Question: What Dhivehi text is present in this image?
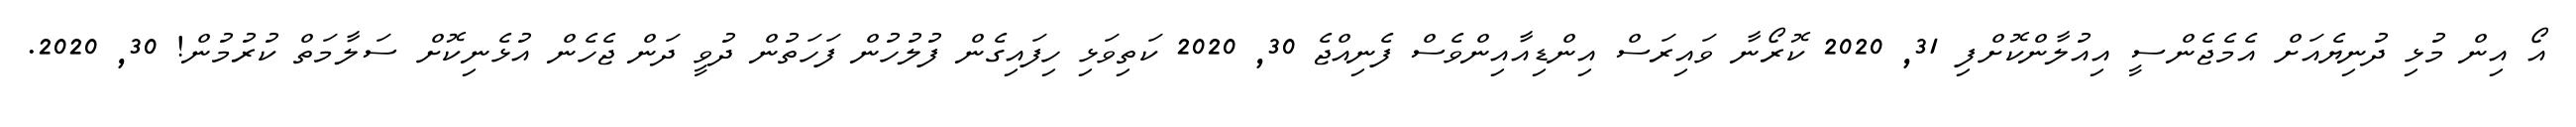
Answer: އޯ އިން މުޅި ދުނިޔެއަށް އެމެޖެންސީ އިއުލާންކޮށްފި 31, 2020 ކޮރޯނާ ވައިރަސް އިންޑިއާއިންވެސް ފެނިއްޖެ 30, 2020 ކަތިވަޅި ހިފައިގެން ފުލުހުން ފަހަތުން ދުވީ ދަން ޖެހެން އުޅެނިކޮށް ސަލާމަތް ކުރުމުން! 30, 2020.